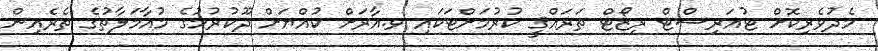
މެދުވެރިކޮށް ޓުއަރިސްޓް ރިޒޯޓް ތަރައްޤީ ކުރުމަށްޓަކައި ވ.އާރަށް ކުއްޔަށް ދޫކުރުމުގެ މުއާމަލާތުގެ ތެރެއިން